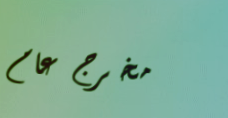
مخرج عام